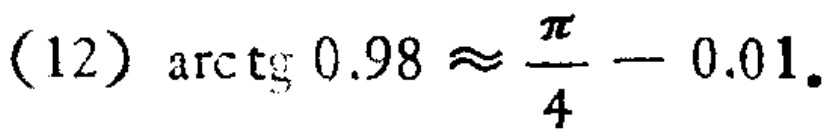
(12) $\mathrm{arctg}\ 0.98 \approx \frac{\pi}{4} - 0.01$.